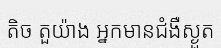
តិច តួយ៉ាង អ្នកមានជំងឺស្ងួត